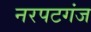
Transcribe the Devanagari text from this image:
नरपटगंज